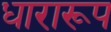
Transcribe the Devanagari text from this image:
धारारूप